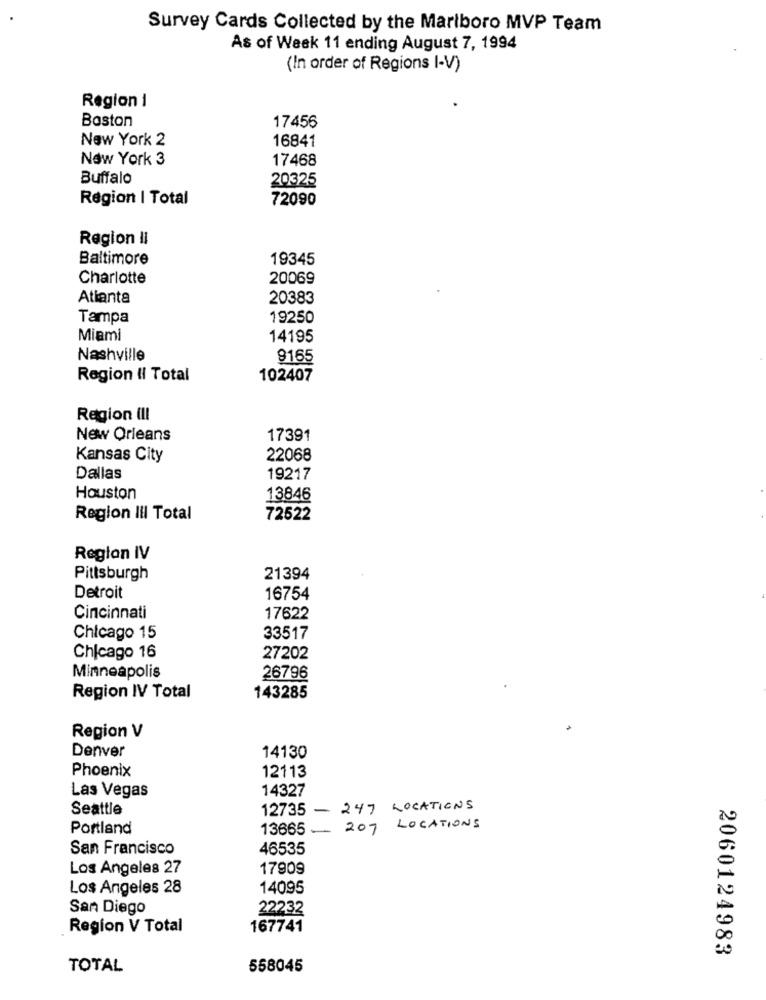
Survey Cards Collected by the Marlboro MVP Team
As of Week 11 ending August 7, 1994
(In order of Regions I-V)
Region 1
Boston
17456
New York 2
16841
New York 3
17468
Buffalo
20325
Region | Total
72090
Region Il
Baltimore
19345
Charlotte
20069
Atlanta
20383
Tampa
19250
Miami
14195
Nashville
8165
Region II Total
102407
Region ( !!
New Orleans
17391
Kansas City
22068
Dallas
19217
Houston
13846
Region III Total
72622
Reglan IV
Pittsburgh
21394
Detroit
16754
Cincinnati
17622
Chicago 15
33517
Chicago 16
27202
Minneapolis
26796
Region IV Total
143285
Region V
Denver
14130
Phoenix
12113
Las Vegas
14327
Seattle
12735
-
247 LOCATIONS
Portland
13665
- 207 LOCATIONS
San Francisco
46535
Los Angeles 27
17909
Los Angeles 28
14095
San Diego
22232
Region V Total
167741
2060124983
TOTAL
558045